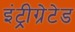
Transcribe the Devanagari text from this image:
इंट्रीग्रेटेड